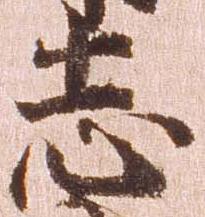
志